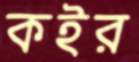
কইর